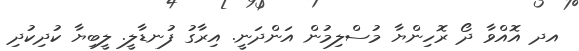
އދ އޮއްވާ ދޯ ރޮހިންޔާ މުސްލިމުން އަންދަނީ. އިރާގު ފުނޑާލީ. ލީބިޔާ ކުދިކުދި